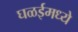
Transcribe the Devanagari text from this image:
घळईमध्ये